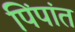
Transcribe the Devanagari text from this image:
पिंपांत